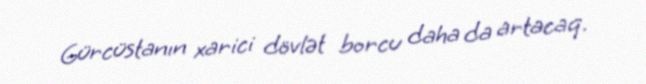
Gürcüstanın xarici dövlət borcu daha da artacaq.